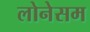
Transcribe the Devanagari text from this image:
लोनेसम